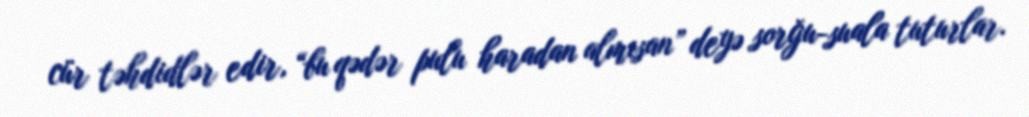
cür təhdidlər edir, “bu qədər pulu haradan almısan” deyə sorğu-suala tuturlar.